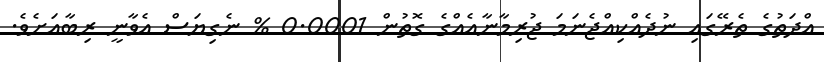
އްދަތުގެ ތެރޭގައި ނުދެއްކިއްޖެނަމަ ޖުރިމާނާއެއްގެ ގޮތުން 0.0001 % ނެގިޔަސް އެވާނީ ރިބާއަށެވެ.